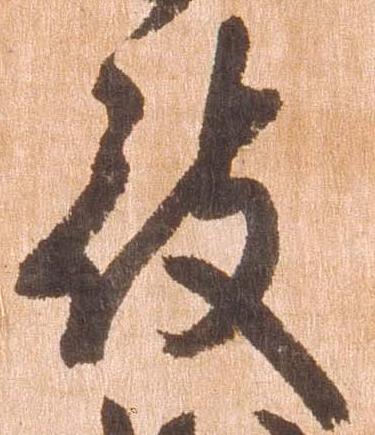
被